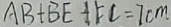
A B + B E + F C = 7 c m